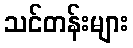
သင်တန်းများ